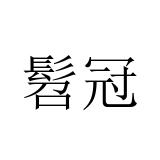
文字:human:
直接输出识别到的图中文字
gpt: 髫冠